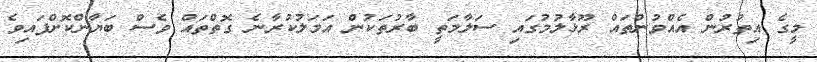
މީގެ އިތުރުން އެއްވުންތައް ރޫޅާލުމުގައި ސަލާމަތީ ބާރުތަކުން އަމަލުކުރާނެ ގޮތްތައް ވެސް ބަޔާންކޮށްފައިވެ